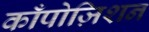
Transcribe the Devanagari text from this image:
काँपोज़िशन